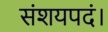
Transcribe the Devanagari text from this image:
संशयपदं।